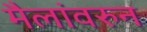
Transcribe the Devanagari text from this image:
मैलांवरुन